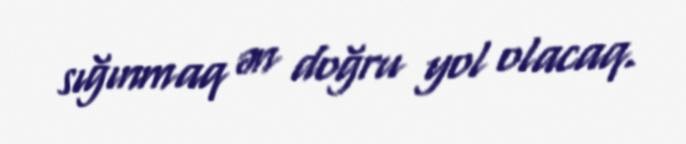
sığınmaq ən doğru yol olacaq.